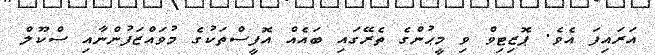
އަރައިފަ އެވެ. ޕޮޒިޓިވް ވި މީޙުންގެ ތެރޭގައި ބައެއް އޮފީސްތަކުގެ މުވައްޒަފުންނާއި ސްކޫލް